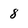
Character: 8